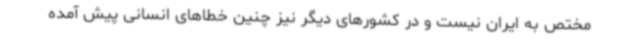
مختص به ایران نیست و در کشورهای دیگر نیز چنین خطاهای انسانی پیش آمده